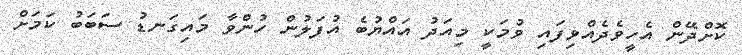
ކޮށްދޭން އެހީވެދެއްވިފައި ވުމަކީ މިއަދު އައްޔުބެ އުފަލުން ހުންވާ މައިގަނޑު ސަބަބު ކަމަށް